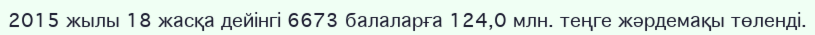
2015 жылы 18 жасқа дейінгі 6673 балаларға 124,0 млн. теңге жәрдемақы төленді.